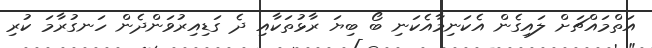
އަތްމައްޗަށް ލައިގެން އެކަނިމާއެކަނި ބޯ ބިޔަ ރާޅުތަކާއި ދެ ގަޑިއިރުވަންދެން ހަނގުރާމަ ކުރި